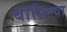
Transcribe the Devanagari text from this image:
बांधिल्या